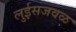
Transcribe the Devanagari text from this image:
लुईसजवळ